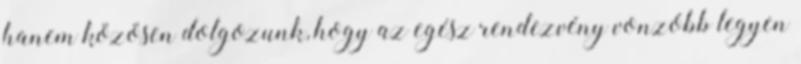
hanem közösen dolgozunk, hogy az egész rendezvény vonzóbb legyen